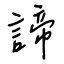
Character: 諦